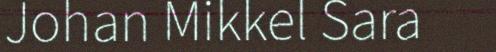
Johan Mikkel Sara